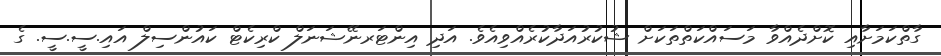
ގާތްކަމަށާއި ކޮށްދެއްވާ މަސައްކަތްތަކަށް ޝުކުރުއަދާކުރެއްވިއެވެ. އަދި އިންޓަރނޭޝަނަލް ކްރިކެޓް ކައުންސިލް އައި.ސީ.ސީ. ގެ